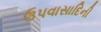
ઉપવાસાદિની